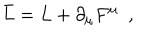
LaTeX: \bar { L } = L + \partial _ { \mu } F ^ { \mu } \, \, \, ,